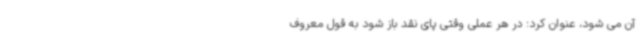
آن می شود، عنوان کرد: در هر عملی وقتی پای نقد باز شود به قول معروف